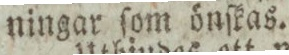
ningar ſom önſkas.